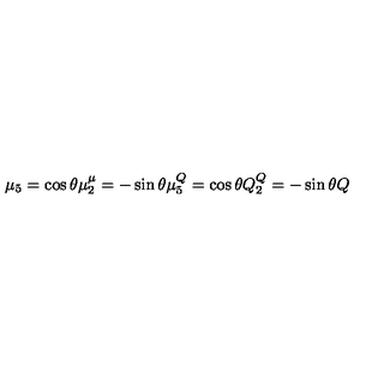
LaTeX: \mu _ { 5 } = \cos \theta \mu \sp \mu _ { 2 } = - \sin \theta \mu \sp Q _ { 5 } = \cos \theta Q \sp Q _ { 2 } = - \sin \theta Q